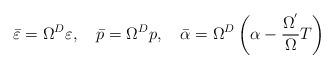
LaTeX: \begin{align*}\bar \varepsilon =\Omega ^D\varepsilon ,\quad \bar p=\Omega ^Dp,\quad \bar\alpha =\Omega ^D\left( \alpha -\frac{\Omega ^{^{\prime }}}\Omega T\right)\end{align*}